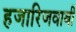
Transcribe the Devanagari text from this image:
हजारिजवाबी